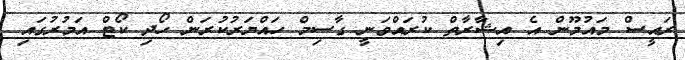
ރައީސް މައުމޫން އެ އިޝާރާތް ކުރައްވަނީ ގާސިމް ހައްޔަރުކުރަން ހޯދި ކޯޓް އަމުރުގައި